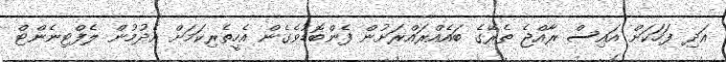
އަދި ފަހަކަށް އައިސް ރާއްޖެ ތެރޭގެ ބައެއްރައްރަށުން ފެންބޮޑުވެގެން އެހީތެރިކަމަށް އެދުމުން ލެފްޓިނެންޓް